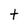
Character: t